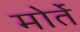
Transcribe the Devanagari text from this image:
मोर्ते